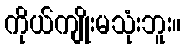
ကိုယ်ကျိုးမသုံးဘူး။